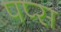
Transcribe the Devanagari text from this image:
पप्स